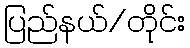
ပြည်နယ်/တိုင်း